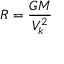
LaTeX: R = { \frac { G M } { V _ { k } ^ { 2 } } }